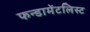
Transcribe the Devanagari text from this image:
फन्डामेंटलिस्ट